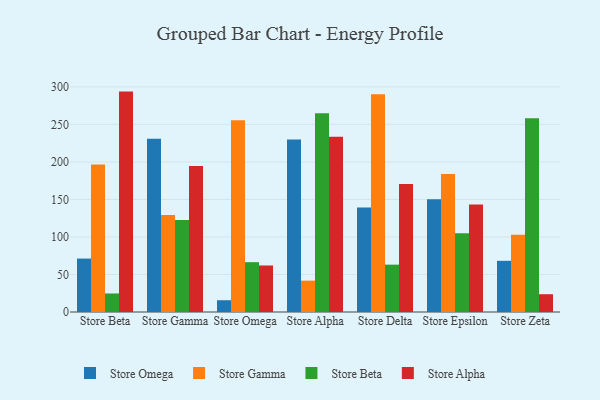
{"axis": {"x": "Store", "y": "Backlog"}, "legend": ["Store Alpha", "Store Beta", "Store Gamma", "Store Omega"], "data": [{"x": "Store Beta", "y": 71.2, "type": "Store Omega"}, {"x": "Store Beta", "y": 196.5, "type": "Store Gamma"}, {"x": "Store Beta", "y": 24.7, "type": "Store Beta"}, {"x": "Store Beta", "y": 293.7, "type": "Store Alpha"}, {"x": "Store Gamma", "y": 230.9, "type": "Store Omega"}, {"x": "Store Gamma", "y": 129.1, "type": "Store Gamma"}, {"x": "Store Gamma", "y": 122.7, "type": "Store Beta"}, {"x": "Store Gamma", "y": 194.4, "type": "Store Alpha"}, {"x": "Store Omega", "y": 15.7, "type": "Store Omega"}, {"x": "Store Omega", "y": 255.5, "type": "Store Gamma"}, {"x": "Store Omega", "y": 66.4, "type": "Store Beta"}, {"x": "Store Omega", "y": 62.0, "type": "Store Alpha"}, {"x": "Store Alpha", "y": 229.8, "type": "Store Omega"}, {"x": "Store Alpha", "y": 41.8, "type": "Store Gamma"}, {"x": "Store Alpha", "y": 264.8, "type": "Store Beta"}, {"x": "Store Alpha", "y": 233.5, "type": "Store Alpha"}, {"x": "Store Delta", "y": 139.2, "type": "Store Omega"}, {"x": "Store Delta", "y": 290.3, "type": "Store Gamma"}, {"x": "Store Delta", "y": 63.1, "type": "Store Beta"}, {"x": "Store Delta", "y": 170.7, "type": "Store Alpha"}, {"x": "Store Epsilon", "y": 150.2, "type": "Store Omega"}, {"x": "Store Epsilon", "y": 183.8, "type": "Store Gamma"}, {"x": "Store Epsilon", "y": 104.8, "type": "Store Beta"}, {"x": "Store Epsilon", "y": 143.4, "type": "Store Alpha"}, {"x": "Store Zeta", "y": 68.2, "type": "Store Omega"}, {"x": "Store Zeta", "y": 102.8, "type": "Store Gamma"}, {"x": "Store Zeta", "y": 258.3, "type": "Store Beta"}, {"x": "Store Zeta", "y": 23.7, "type": "Store Alpha"}]}